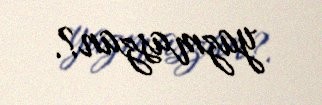
yazmaszan?.